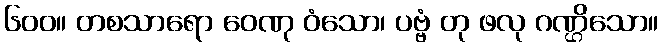
၆၀၀။ တစသာရော ဝေဏု ဝံသော၊ ပဗ္ဗံ တု ဖလု ဂဏ္ဌိသော။